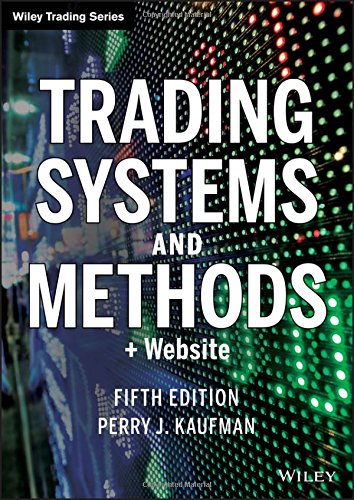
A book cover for Trading Systems and Methods + Website (5th edition) Wiley Trading; Perry J. Kaufman; Business & Money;